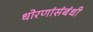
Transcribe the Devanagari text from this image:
धोरणांसंबंधी